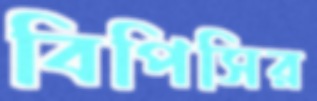
বিপিসির